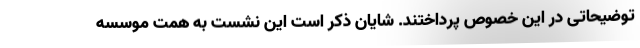
توضیحاتی در این خصوص پرداختند. شایان ذکر است این نشست به همت موسسه